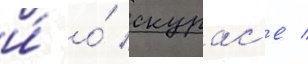
и́ о́ скурас'е /